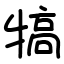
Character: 犒